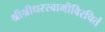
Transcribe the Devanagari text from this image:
श्रीश्रीधरस्वामीविरचितं